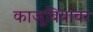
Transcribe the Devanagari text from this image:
काजूबियांवर